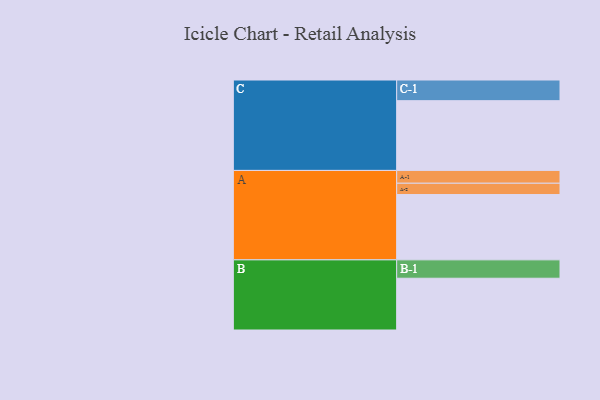
{"axis": {"x": "Segment", "y": "Value"}, "legend": ["", "A", "B", "C"], "data": [{"x": "A", "y": 515, "type": ""}, {"x": "B", "y": 408, "type": ""}, {"x": "C", "y": 550, "type": ""}, {"x": "A-1", "y": 101, "type": "A"}, {"x": "A-2", "y": 89, "type": "A"}, {"x": "B-1", "y": 145, "type": "B"}, {"x": "C-1", "y": 163, "type": "C"}]}